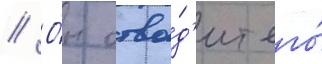
// О́н отво́д'ит его́